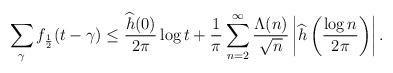
LaTeX: \begin{align*}\sum_{\gamma}f_{\frac{1}{2}}(t-\gamma)\leq \frac{\widehat{h}(0)}{2\pi}\log t +\frac{1}{\pi}\sum_{n=2}^\infty\frac{\Lambda(n)}{\sqrt{n}}\left|\widehat{h}\left(\frac{\log n}{2\pi}\right)\right|.\end{align*}